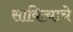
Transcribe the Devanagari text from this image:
सावित्याचे